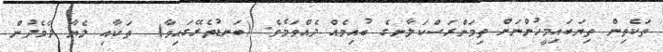
ތަކެތިން ތިޔަބައިމީހުންނަށް ތިމަންރަސްކަލާނގެ ބުއިމެއް ދެއްވަމެވެ. (ބަނޑުތެރޭގައިވާ)  ތަކާއި ލެޔާ ދެމެދުން